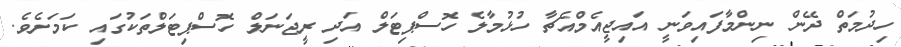
ހިދުމަތް ދޭން ނިންމާފައިވަނީ އައިޖީއެމްއެޗާ ހުޅުމާލެ ހޮސްޕިޓަލް އަދި ރީޖަނަލް ހޮސްޕިޓަލްތަކުގައި ކަމަށެވެ.